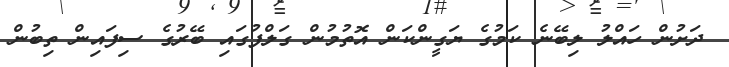
ދަށުން ހައްލު ލިބޭނެ ކަމުގެ ޔަގީންކަން އޮތުމުން ގަލްފުގައި ބޭރުގެ ސިފައިން ތިބުން